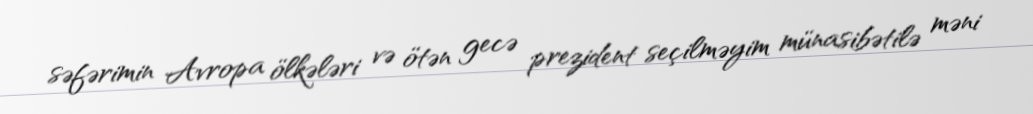
səfərimin Avropa ölkələri və ötən gecə prezident seçilməyim münasibətilə məni